Elephants and their diseases
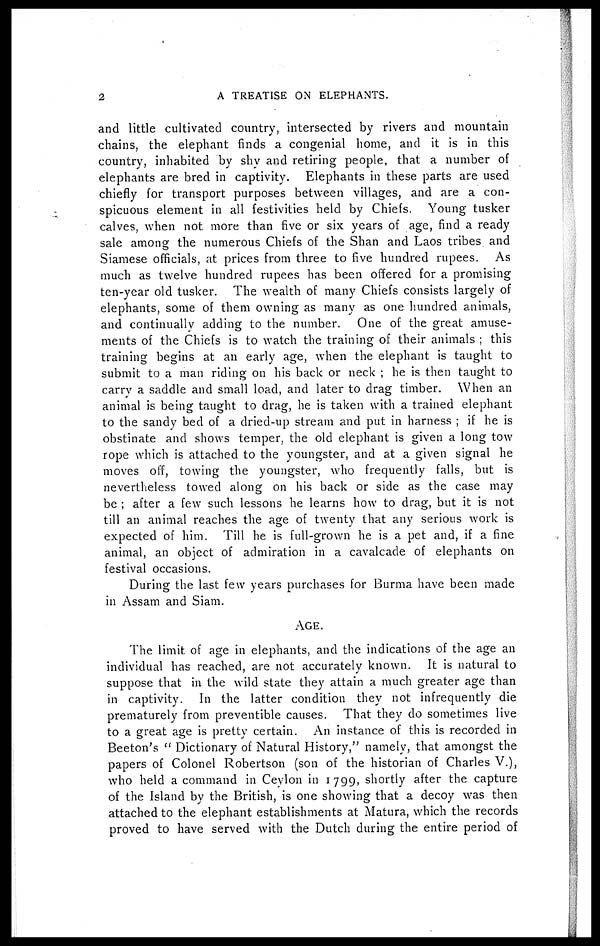
2
A TREATISE ON ELEPHANTS.
and little cultivated country, intersected by rivers and mountain
chains, the elephant finds a congenial home, and it is in this
country, inhabited by shy and retiring people, that a number of
elephants are bred in captivity. Elephants in these parts are used
chiefly for transport purposes between villages, and are a con-
spicuous element in all festivities held by Chiefs. Young tusker
calves, when not more than five or six years of age, find a ready
sale among the numerous Chiefs of the Shan and Laos tribes and
Siamese officials, at prices from three to five hundred rupees. As
much as twelve hundred rupees has been offered for a promising
ten-year old tusker. The wealth of many Chiefs consists largely of
elephants, some of them owning as many as one hundred animals,
and continually adding to the number. One of the great amuse-
ments of the Chiefs is to watch the training of their animals ; this
training begins at an early age, when the elephant is taught to
submit to a man riding on his back or neck ; he is then taught to
carry a saddle and small load, and later to drag timber. When an
animal is being taught to drag, he is taken with a trained elephant
to the sandy bed of a dried-up stream and put in harness ; if he is
obstinate and shows temper, the old elephant is given a long tow
rope which is attached to the youngster, and at a given signal he
moves off, towing the youngster, who frequently falls, but is
nevertheless towed along on his back or side as the case may
be ; after a few such lessons he learns how to drag, but it is not
till an animal reaches the age of twenty that any serious work is
expected of him. Till he is full-grown he is a pet and, if a fine
animal, an object of admiration in a cavalcade of elephants on
festival occasions.
During the last few years purchases for Burma have been made
in Assam and Siam.
AGE.
The limit of age in elephants, and the indications of the age an
individual has reached, are not accurately known. It is natural to
suppose that in the wild state they attain a much greater age than
in captivity. In the latter condition they not infrequently die
prematurely from preventible causes. That they do sometimes live
to a great age is pretty certain. An instance of this is recorded in
Beeton's " Dictionary of Natural History," namely, that amongst the
papers of Colonel Robertson (son of the historian of Charles V.),
who held a command in Ceylon in 1799, shortly after the capture
of the Island by the British, is one showing that a decoy was then
attached to the elephant establishments at Matura, which the records
proved to have served with the Dutch during the entire period of